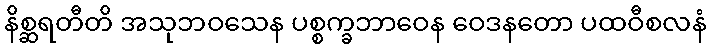
နိစ္ဆရတီတိ အသုဘဝသေန ပစ္စက္ခဘာဝေန ဝေဒနတော ပထဝီစလနံ